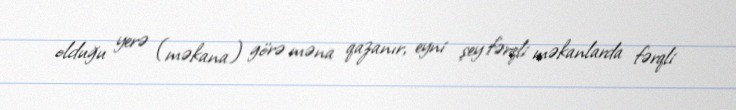
olduğu yerə (məkana) görə məna qazanır, eyni şey fərqli məkanlarda fərqli